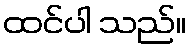
ထင်ပါ သည်။